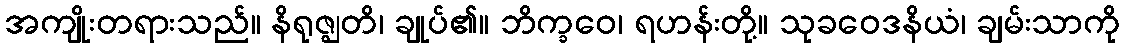
အကျိုးတရားသည်။ နိရုဇ္ဈတိ၊ ချုပ်၏။ ဘိက္ခဝေ၊ ရဟန်းတို့။ သုခဝေဒနိယံ၊ ချမ်းသာကို